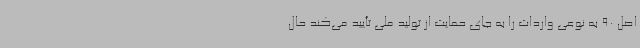
اصل 90 به نوعی واردات را به جای حمایت از تولید ملی تأیید می‌کند حال